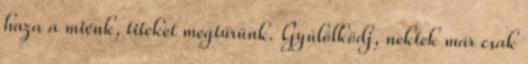
haza a miénk, titeket megtűrünk. Gyűlölködj, nektek már csak